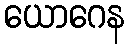
ယောဂေန